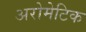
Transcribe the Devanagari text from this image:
अरोमेटिक